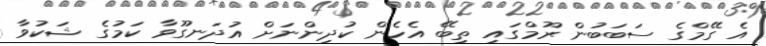
އެ ގޭމްގެ ސަބަބުން ރޫމްގައި ތިބޭ އެހެން ކުދިންނަށް އުދަނގޫވާ ކަމުގެ ޝަކުވާ